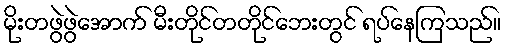
မိုးတဖွဲဖွဲအောက် မီးတိုင်တတိုင်ဘေးတွင် ရပ်နေကြသည်။